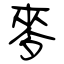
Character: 麥